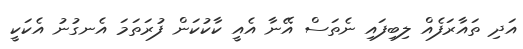
އަދި ތައާރަފެއް ލިބިފައި ނެތަސް އޭނާ އެއީ ކާކުކަން ފުރަތަމަ އެނގުނު އެކަކީ